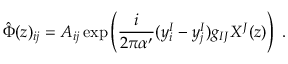
\hat { \Phi } ( z ) _ { i j } = A _ { i j } \exp \left( \frac { i } { 2 \pi \alpha ^ { \prime } } ( y _ { i } ^ { I } - y _ { j } ^ { I } ) g _ { I J } X ^ { J } ( z ) \right) \ .